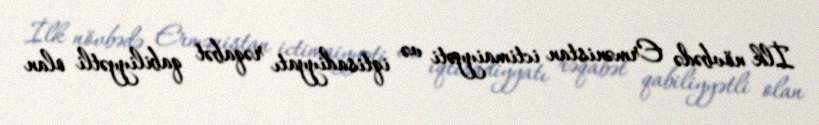
İlk növbədə Ermənistan ictimaiyyəti və iqtisadiyyatı rəqabət qabiliyyətli olan